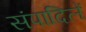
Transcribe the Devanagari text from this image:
संपादिलें